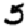
Digit: 5